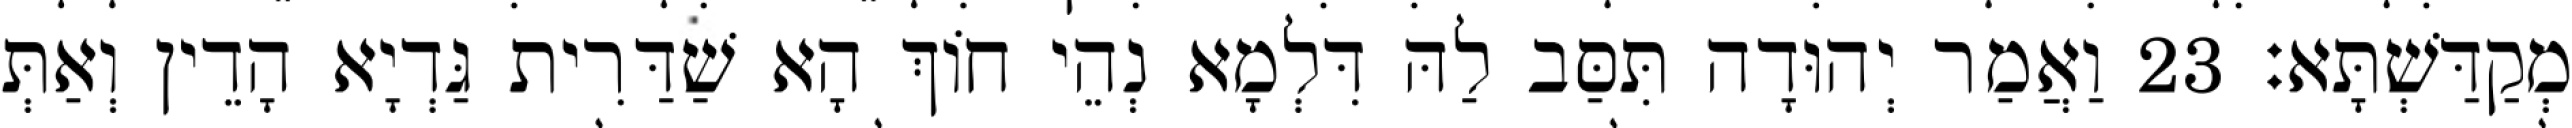
מְקַדַּשְׁתָּא׃ 23 וַאֲמַר יְהוּדָה תִּסַּב לַהּ דִּלְמָא נְהֵי חוֹךְ הָא שַׁדַּרִית גַּדְיָא הָדֵין וְאַתְּ